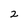
Character: 2